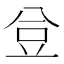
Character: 𧯚